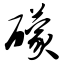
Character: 礞